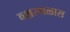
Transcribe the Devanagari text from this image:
वक्षस्थळास